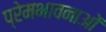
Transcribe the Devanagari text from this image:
प्रेमभावनाओं